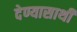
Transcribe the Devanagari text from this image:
देण्यासाथी